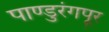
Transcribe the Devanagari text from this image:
पाण्डुरंगपूर